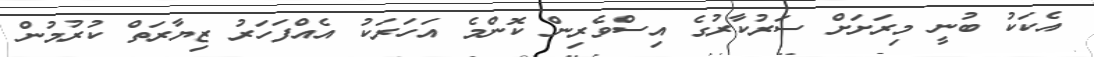
އެކަކު ބުނީ މިރަށަށް ސަރުކާރުގެ އިސްވެރިން ކޮންމެ އަހަރަކު އެއްފަހަރު ޒިޔާރަތް ކުރުމުން